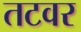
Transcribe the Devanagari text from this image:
तटवर